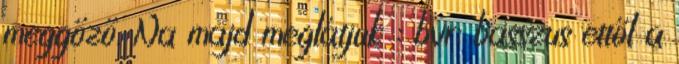
meggőző. Na majd meglátjuk : bvr: basszus ettől a